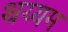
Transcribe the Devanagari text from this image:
थय्यम